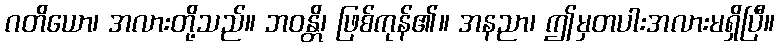
ဂတိယော၊ အလားတို့သည်။ ဘဝန္တိ၊ ဖြစ်ကုန်၏။ အနညာ၊ ဤမှတပါးအလားမရှိပြီ။